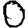
Digit: 0